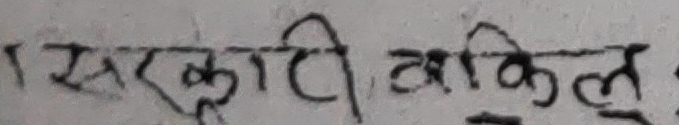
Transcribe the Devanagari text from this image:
१ सरकुटी ब्राकिलः